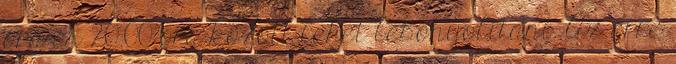
óra és 20.00 óra között lehet lebonyolítani. Az erre